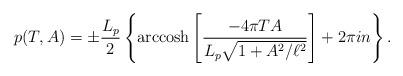
LaTeX: \begin{align*}p(T,A) = \pm \frac{L_p}{2}\left\{ {\rm arccosh} \left[\frac{-4\pi TA}{L_p\sqrt{1+A^2/\ell^2}} \right] + 2 \pi i n \right \}.\end{align*}